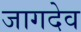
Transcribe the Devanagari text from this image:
जागदेव